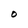
Character: O